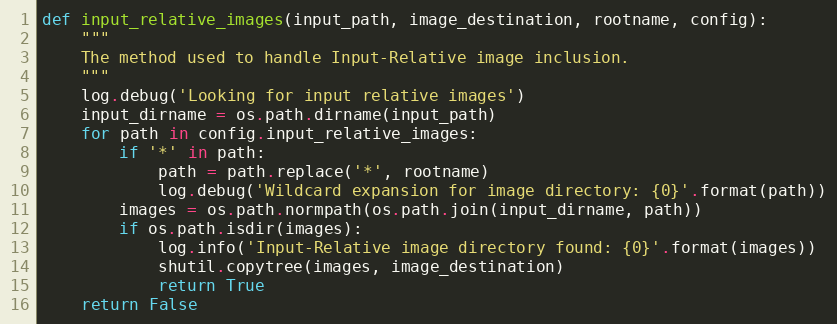
Language: Python
def input_relative_images(input_path, image_destination, rootname, config):
    """
    The method used to handle Input-Relative image inclusion.
    """
    log.debug('Looking for input relative images')
    input_dirname = os.path.dirname(input_path)
    for path in config.input_relative_images:
        if '*' in path:
            path = path.replace('*', rootname)
            log.debug('Wildcard expansion for image directory: {0}'.format(path))
        images = os.path.normpath(os.path.join(input_dirname, path))
        if os.path.isdir(images):
            log.info('Input-Relative image directory found: {0}'.format(images))
            shutil.copytree(images, image_destination)
            return True
    return False